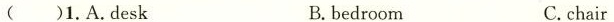
( )1.A.Desk B.bedroom C.chair